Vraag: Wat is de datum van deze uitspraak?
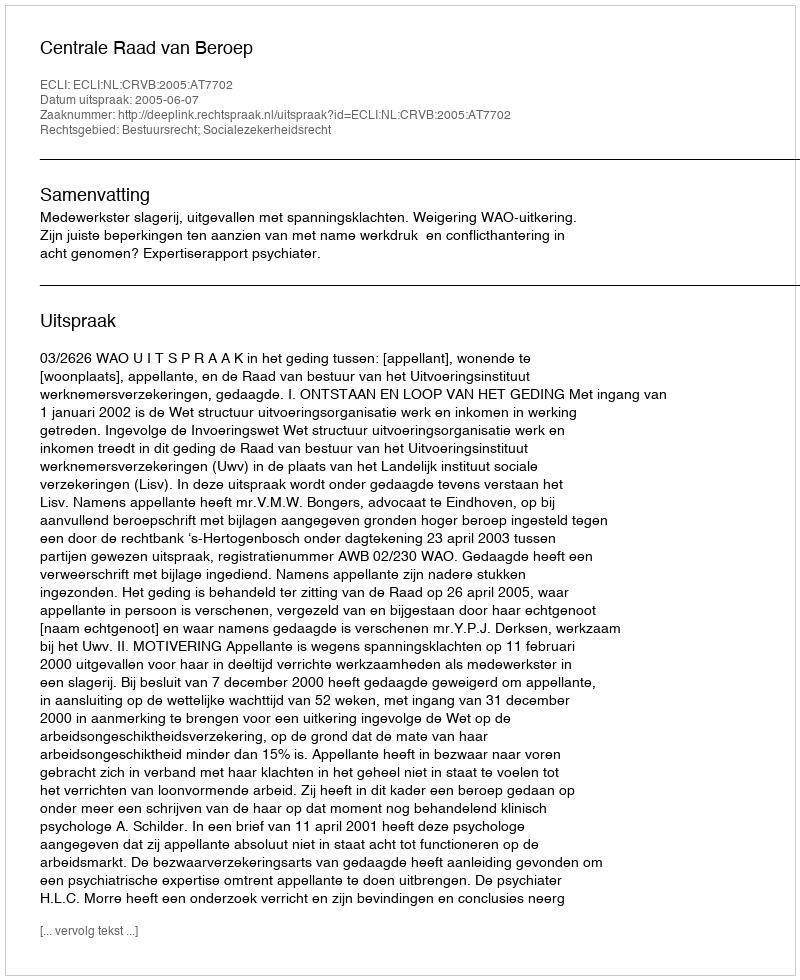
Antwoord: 2005-06-07